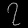
Digit: ၇